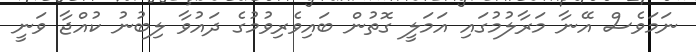
ނަމަވެސް އޭނާ މަރާލުމުގައި އަމަލީ ގޮތުން ބައިވެރިވުމުގެ ދައުވާ ލިބުނު ކުއްޖާ ވަނީ